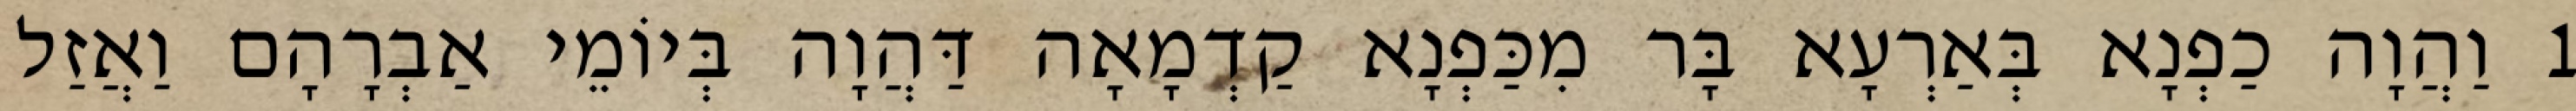
1 וַהֲוָה כַפְנָא בְּאַרְעָא בָּר מִכַּפְנָא קַדְמָאָה דַּהֲוָה בְּיוֹמֵי אַבְרָהָם וַאֲזַל